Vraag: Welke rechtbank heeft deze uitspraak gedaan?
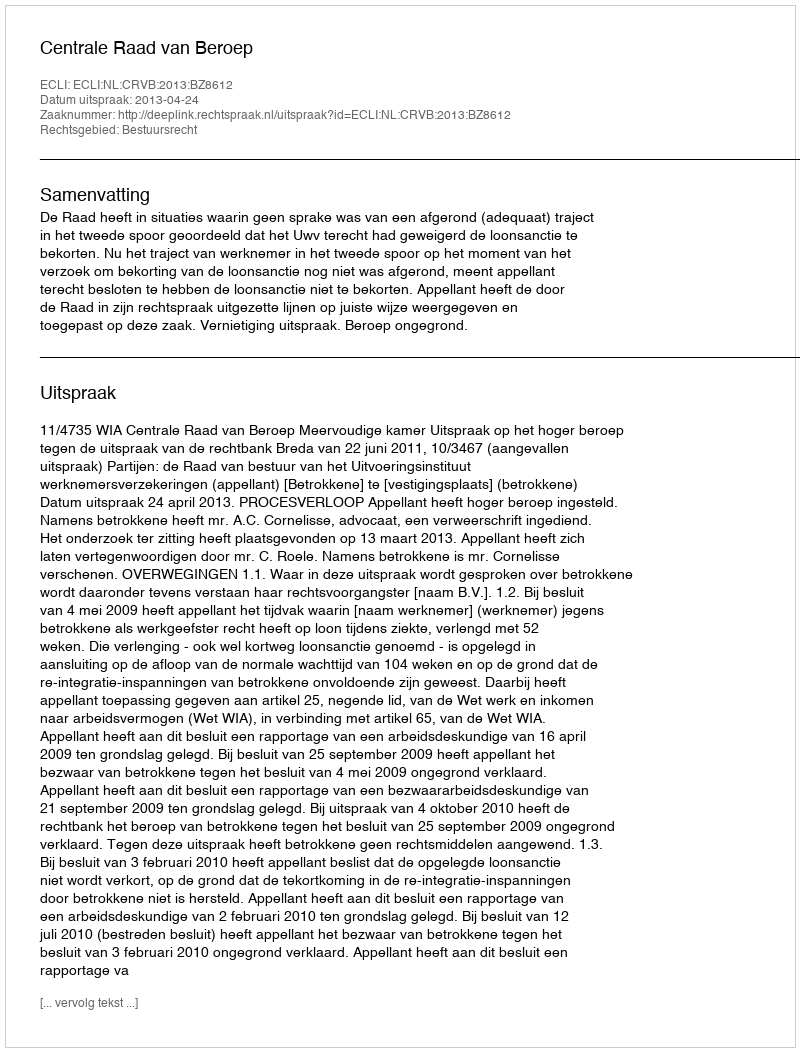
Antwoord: Centrale Raad van Beroep